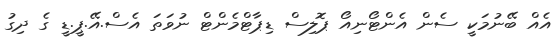
އެއް ބޭނުމަކީ ސެން އެންޓޯނިއޯ ޕޮލިސް ޑިޕާޓްމެންޓް ނުވަތަ އެސް.އޭ.ޕީ.ޑީ ގެ ދިގު